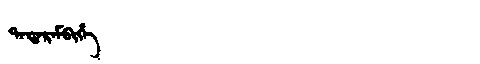
Manchu: ᡨᠠᡨᠠᡵᠠᠮᠪᡳᡥᡝ
Romanization: TATARAMBIHE